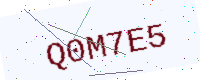
Text: Q0M7E5